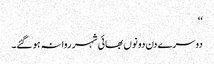
‘‘
دوسرے دن دونوں بھائی شہر روانہ ہو گئے۔